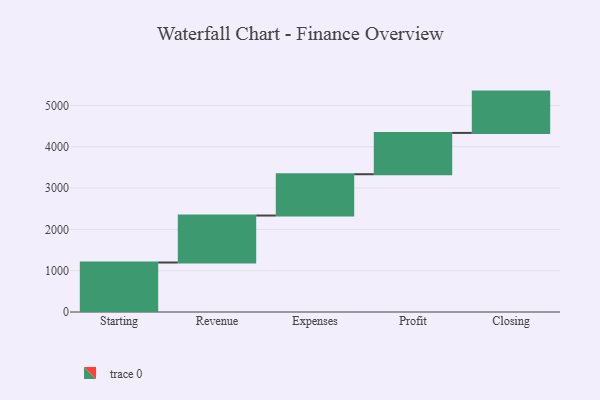
{"axis": {"x": "Step", "y": "Value"}, "legend": [""], "data": [{"x": "Starting", "y": 1198.0, "type": ""}, {"x": "Revenue", "y": 1137.0, "type": ""}, {"x": "Expenses", "y": 1000, "type": ""}, {"x": "Profit", "y": 1000, "type": ""}, {"x": "Closing", "y": 1000, "type": ""}]}